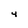
Character: 4